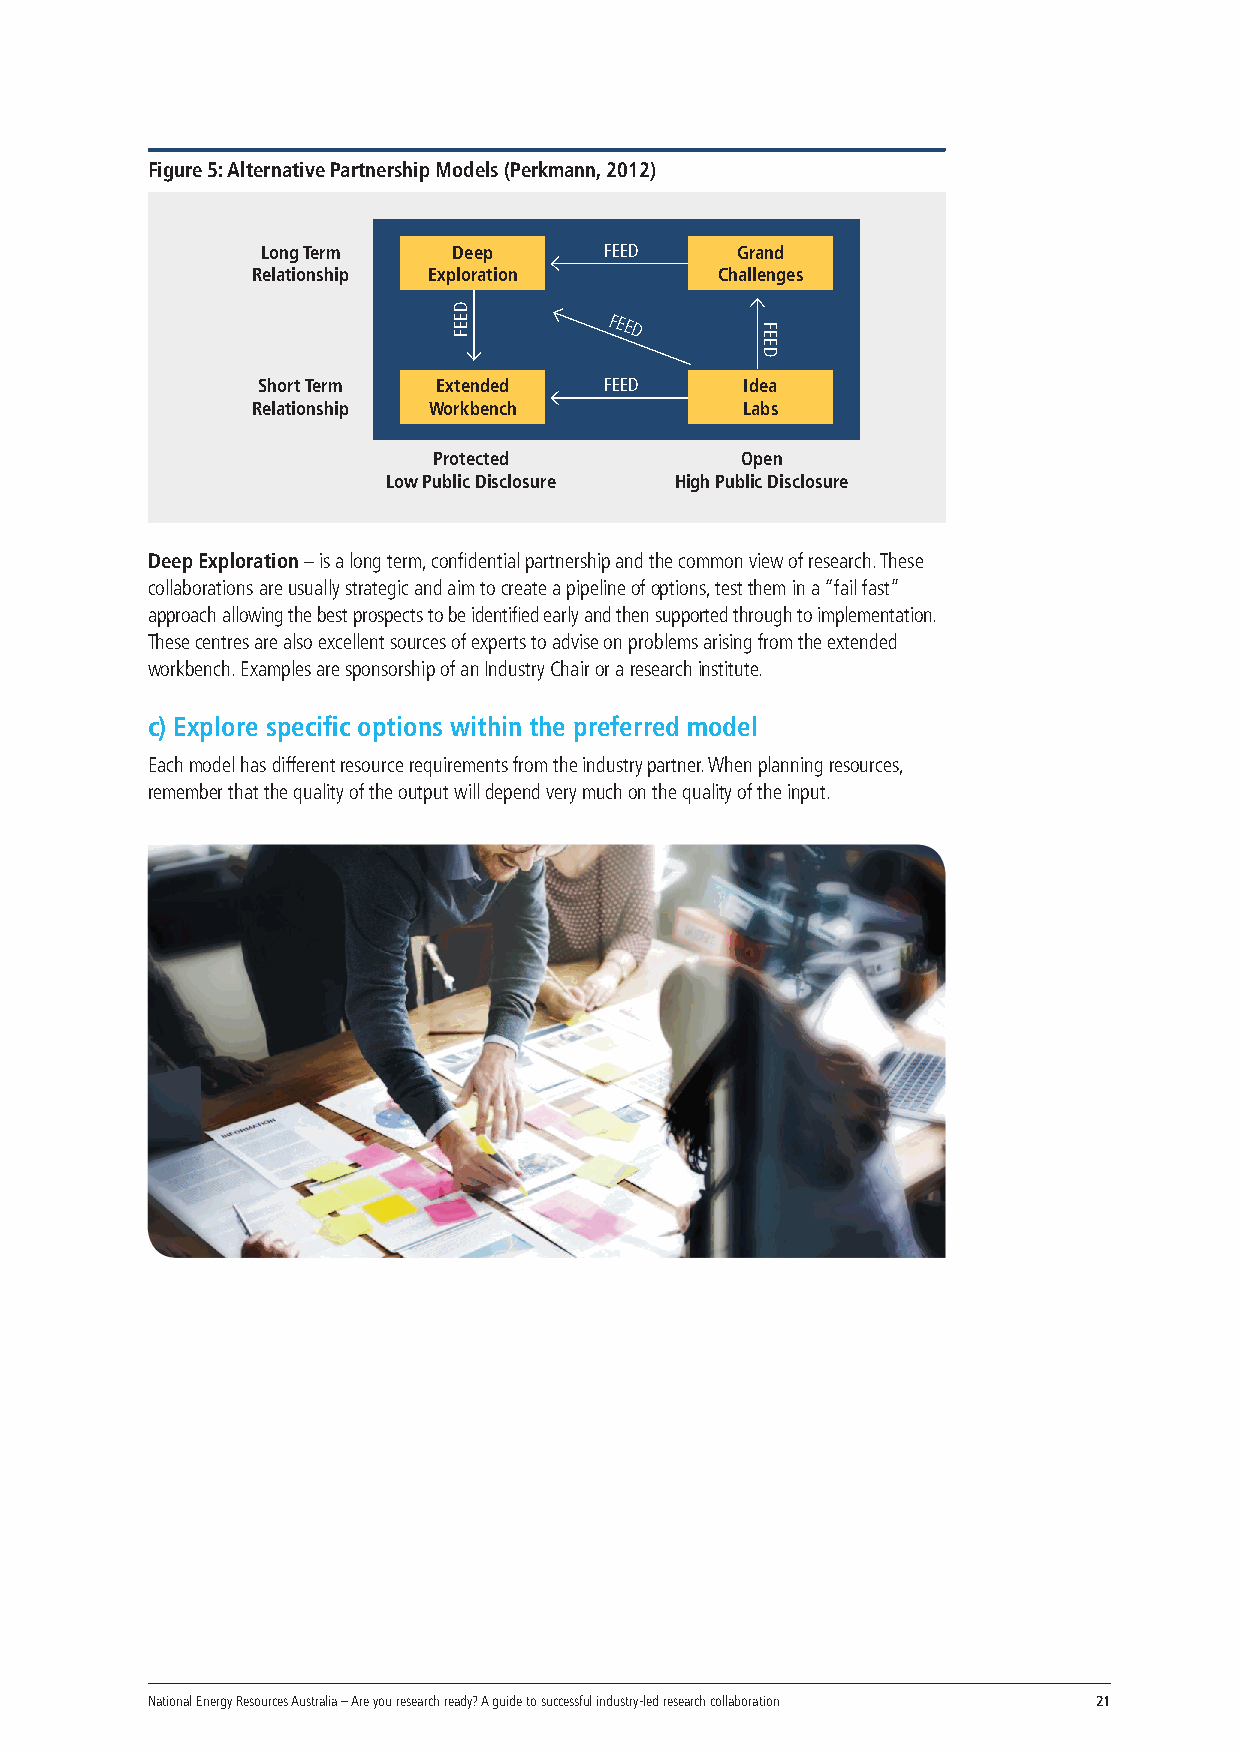
Figure 5: Alternative Partnership Models (Perkmann, 2012)
 Long Term    Deep      FEED     Grand
 Relationship Exploration      Challenges
 FEED
 Short Term  Extended   FEED     Idea
 Relationship Workbench          Labs
 Protected           Open
 Low Public Disclosure High Public Disclosure
 Deep Exploration – is a long term, confidential partnership and the common view of research. These
 collaborations are usually strategic and aim to create a pipeline of options, test them in a “fail fast”
 approach allowing the best prospects to be identified early and then supported through to implementation.
 These centres are also excellent sources of experts to advise on problems arising from the extended
 workbench. Examples are sponsorship of an Industry Chair or a research institute.
 c) Explore specific options within the preferred model
 Each model has different resource requirements from the industry partner. When planning resources,
 remember that the quality of the output will depend very much on the quality of the input.
 National Energy Resources Australia – Are you research ready? A guide to successful industry-led research collaboration 21
 DEEF
 FEED